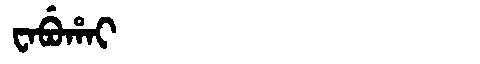
Manchu: ᠸᠠᠪᡠᡥᠠᡳ
Romanization: WABUHAI